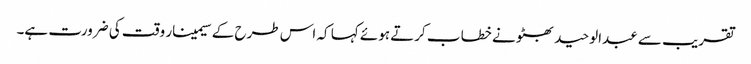
تقریب سے عبدالوحید بھٹو نے خطا ب کرتے ہوئے کہا کہ اس طرح کے سیمینار وقت کی ضرورت ہے۔